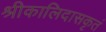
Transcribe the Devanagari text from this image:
श्रीकालिदासकृतं